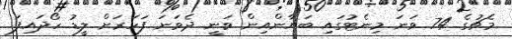
މެޗުގެ 74 ވަނަ މިނެޓުގައި ބަޔާންއިން ވަނީ ދެވަނަ ފަހަރަށް ލީޑު ހޯދައިފަ